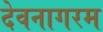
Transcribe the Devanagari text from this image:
देवनागरम